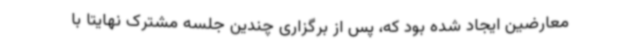
معارضین ایجاد شده بود که، پس از برگزاری چندین جلسه مشترک نهایتا با